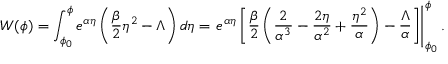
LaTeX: W ( \phi ) = \int _ { \phi _ { 0 } } ^ { \phi } e ^ { \alpha \eta } \left( \frac { \beta } { 2 } \eta ^ { 2 } - \Lambda \right) d \eta = \left. e ^ { \alpha \eta } \left[ \frac { \beta } { 2 } \left( \frac { 2 } { \alpha ^ { 3 } } - \frac { 2 \eta } { \alpha ^ { 2 } } + \frac { \eta ^ { 2 } } { \alpha } \right) - \frac { \Lambda } { \alpha } \right] \right| _ { \phi _ { 0 } } ^ { \phi } .